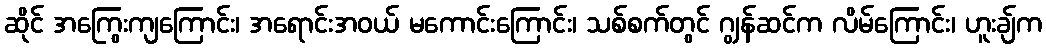
ဆိုင် အကြွေးကျကြောင်း၊ အရောင်းအဝယ် မကောင်းကြောင်း၊ သစ်စက်တွင် ဂျွန်ဆင်က လိမ်ကြောင်း၊ ဟူးချ်က